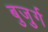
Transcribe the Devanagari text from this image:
बुजु़र्ग